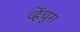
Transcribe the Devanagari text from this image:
व्हेंचुरा